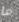
ما